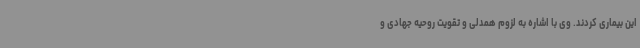
این بیماری کردند. وی با اشاره به لزوم همدلی و تقویت روحیه جهادی و